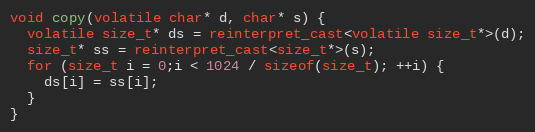
Language: C++
void copy(volatile char* d, char* s) {
  volatile size_t* ds = reinterpret_cast<volatile size_t*>(d);
  size_t* ss = reinterpret_cast<size_t*>(s);
  for (size_t i = 0;i < 1024 / sizeof(size_t); ++i) {
    ds[i] = ss[i];
  }
}